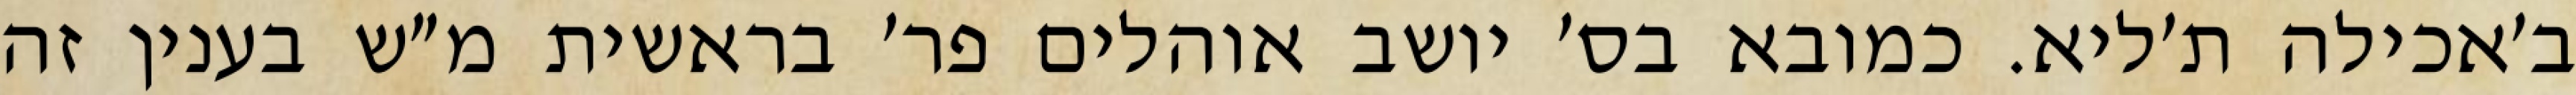
ב׳אכילה ת׳ליא. כמובא בס׳ יושב אוהלים פר׳ בראשית מ״ש בענין זה